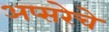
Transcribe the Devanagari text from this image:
अप्सरेचे